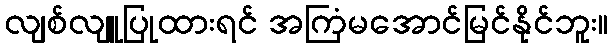
လျစ်လျူပြုထားရင် အကြံမအောင်မြင်နိုင်ဘူး။